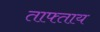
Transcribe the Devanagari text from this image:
ताफ्ताय